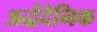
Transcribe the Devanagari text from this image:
अर्द्धदैनिक